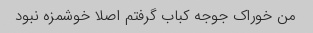
من خوراک جوجه کباب گرفتم اصلا خوشمزه نبود